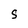
Character: S